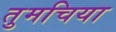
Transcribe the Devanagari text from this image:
तुमचिया